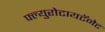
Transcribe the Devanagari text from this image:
फ्ल्युरोटायटॅनेट